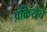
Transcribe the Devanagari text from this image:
प्रक्रियेचं